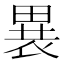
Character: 𬏋